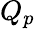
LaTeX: Q_{p}